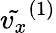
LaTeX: \tilde{v_{x}}^{(1)}